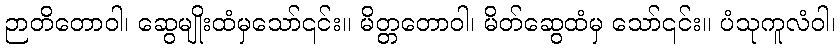
ဉာတိတောဝါ၊ ဆွေမျိုးထံမှသော်၎င်း။ မိတ္တတောဝါ၊ မိတ်ဆွေထံမှ သော်၎င်း။ ပံသုကူလံဝါ၊